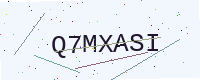
Text: Q7MXASI